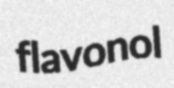
flavonol